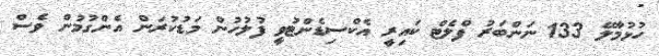
ހުޅުމާލޭ 133 ނަންބަރު ފްލެޓް ކައިރީ އެކްސިޑެންޓުވީ ފުލުހުން މަޑުކުރަން އެންގުމުން ވެސް